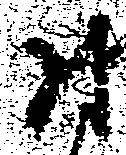
尉